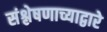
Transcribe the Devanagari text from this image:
संश्लेषणाच्याद्वारे